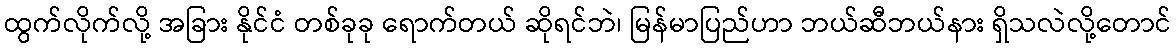
ထွက်လိုက်လို့ အခြား နိုင်ငံ တစ်ခုခု ရောက်တယ် ဆိုရင်ဘဲ၊ မြန်မာပြည်ဟာ ဘယ်ဆီဘယ်နား ရှိသလဲလို့တောင်